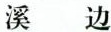
溪 边